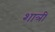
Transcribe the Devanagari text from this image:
शात्री